Scottish Leaving Certificate Examination, 1951
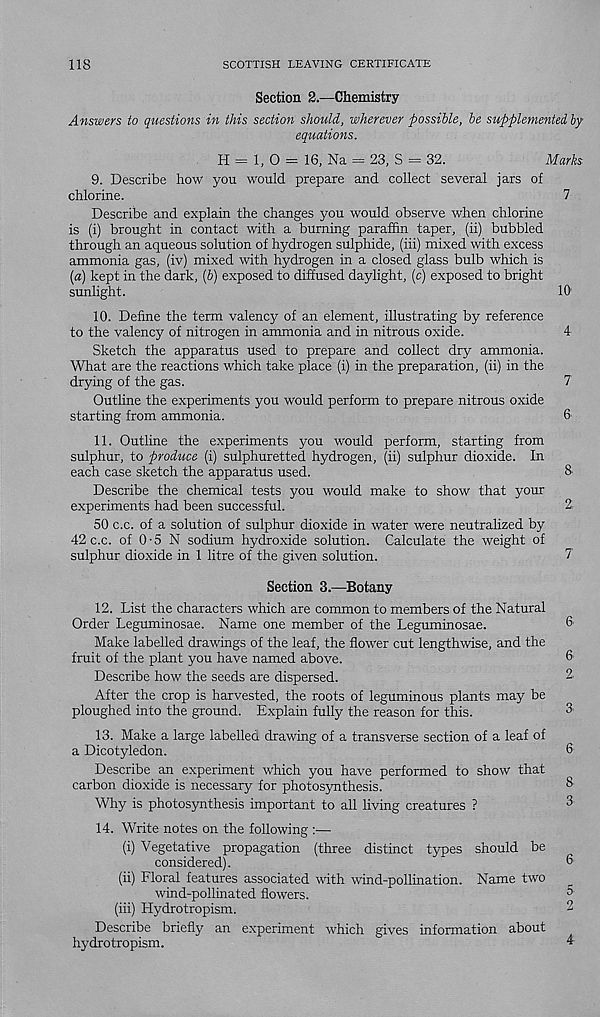
118
SCOTTISH LEAVING CERTIFICATE
Section 2.—Chemistry
Answers to questions in this section should, wherever possible, be supplemented by
equations.
H = 1, 0 = 16, Na = 23, S = 32.
Marks
9. Describe how you would prepare and collect several jars of
chlorine.
7
Describe and explain the changes you would observe when chlorine
is (i) brought in contact with a burning paraffin taper, (ii) bubbled
through an aqueous solution of hydrogen sulphide, (iii) mixed with excess
ammonia gas, (iv) mixed with hydrogen in a closed glass bulb which is
(«) kept in the dark, [b) exposed to diffused daylight, (c) exposed to bright
sunlight.
10'
10. Define the term valency of an element, illustrating by reference
to the valency of nitrogen in ammonia and in nitrous oxide.
4
Sketch the apparatus used to prepare and collect dry ammonia.
What are the reactions which take place (i) in the preparation, (ii) in the
drying of the gas.
7
Outline the experiments you would perform to prepare nitrous oxide
starting from ammonia.
6
11. Outline the experiments you would perform, starting from
sulphur, to produce (i) sulphuretted hydrogen, (ii) sulphur dioxide. In
each case sketch the apparatus used.
8-
Describe the chemical tests you would make to show that your
experiments had been successful.
2
50 c.c. of a solution of sulphur dioxide in water were neutralized by
42 c.c. of 0-5 N sodium hydroxide solution. Calculate the weight of
sulphur dioxide in 1 litre of the given solution.
7
Section 3.—Botany
12. List the characters which are common to members of the Natural
Order Leguminosae. Name one member of the Leguminosae.
Make labelled drawings of the leaf, the flower cut lengthwise, and the
fruit of the plant you have named above.
Describe how the seeds are dispersed.
After the crop is harvested, the roots of leguminous plants may be
ploughed into the ground. Explain fully the reason for this.
13. Make a large labelled drawing of a transverse section of a leaf of
a Dicotyledon.
Describe an experiment which you have performed to show that
carbon dioxide is necessary for photosynthesis.
Why is photosynthesis important to all living creatures ?
14. Write notes on the following :—
(i) Vegetative propagation (three distinct types should be
considered).
(ii) Floral features associated with wind-pollination. Name two
wind-pollinated flowers.
(iii) Hydrotropism.
Describe briefly an experiment which gives information about
hydrotropism.
6
6
2.
3
6
8
3
6
5
2
4